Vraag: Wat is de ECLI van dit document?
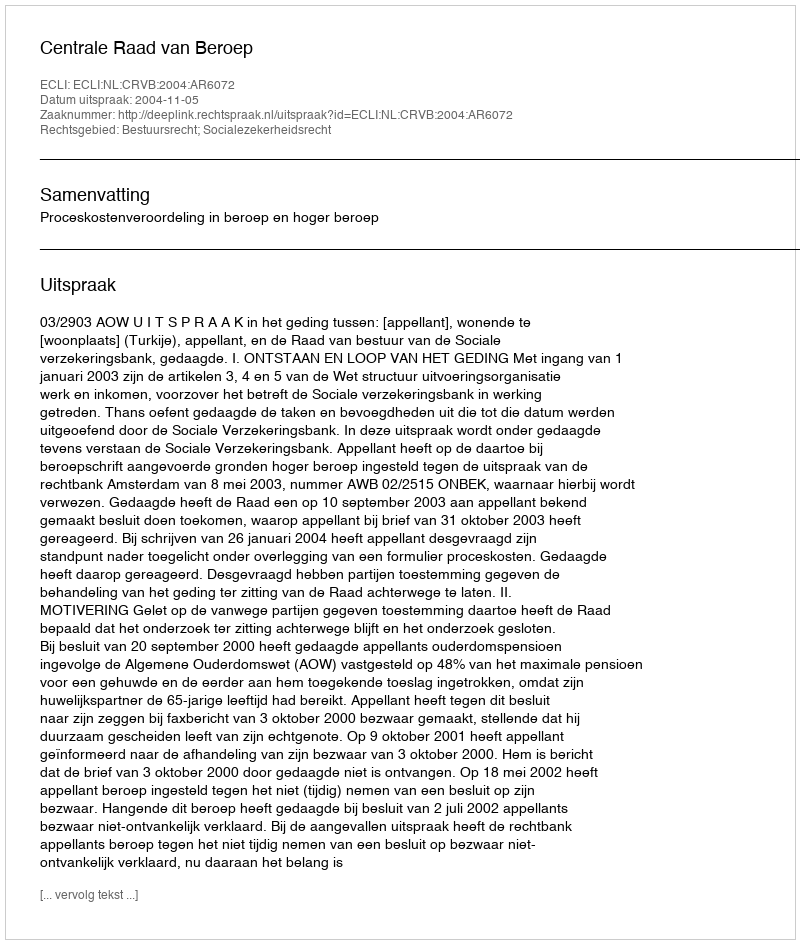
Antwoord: ECLI:NL:CRVB:2004:AR6072